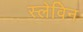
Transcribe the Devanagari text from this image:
स्लेविन